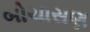
બોચાસણ